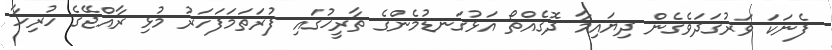
ފެނަކަ ވަރުގަދަވެގެން ދިޔައިމާ ދޮގެއްތޯ އަޅުގަނޑުމެންގެ ތާރީޚުގައި ފުރަތަމަފަހަރު މުޅި ރާއްޖޭގެ ހުރިހާ